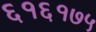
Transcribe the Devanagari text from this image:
६१६१७५